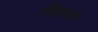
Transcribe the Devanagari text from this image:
चिंकारे